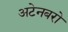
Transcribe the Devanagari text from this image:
अटेनबरो